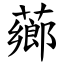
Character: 薌